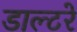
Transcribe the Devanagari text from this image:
डाल्टरे